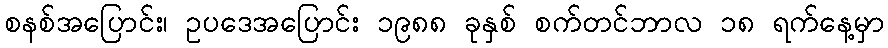
စနစ်အပြောင်း၊ ဥပဒေအပြောင်း ၁၉၈၈ ခုနှစ် စက်တင်ဘာလ ၁၈ ရက်နေ့မှာ